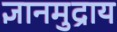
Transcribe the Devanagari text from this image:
ज्ञानमुद्राय